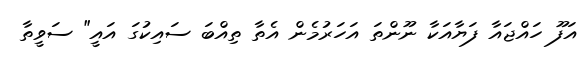
އަފޫ ހައްޖައާ ފަޔާއަކާ ނޫންތަ އަހަރުމެން އެތާ ތިއްބަ ސައިކުގަ އައީ" ސަވީތާ